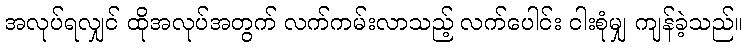
အလုပ်ရလျှင် ထိုအလုပ်အတွက် လက်ကမ်းလာသည့် လက်ပေါင်း ငါးစုံမျှ ကျန်ခဲ့သည်။